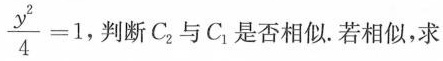
$$\frac{y^{2}}{4}=1$$ 判断C_{2}与C_{1}是否相似。若相似，求